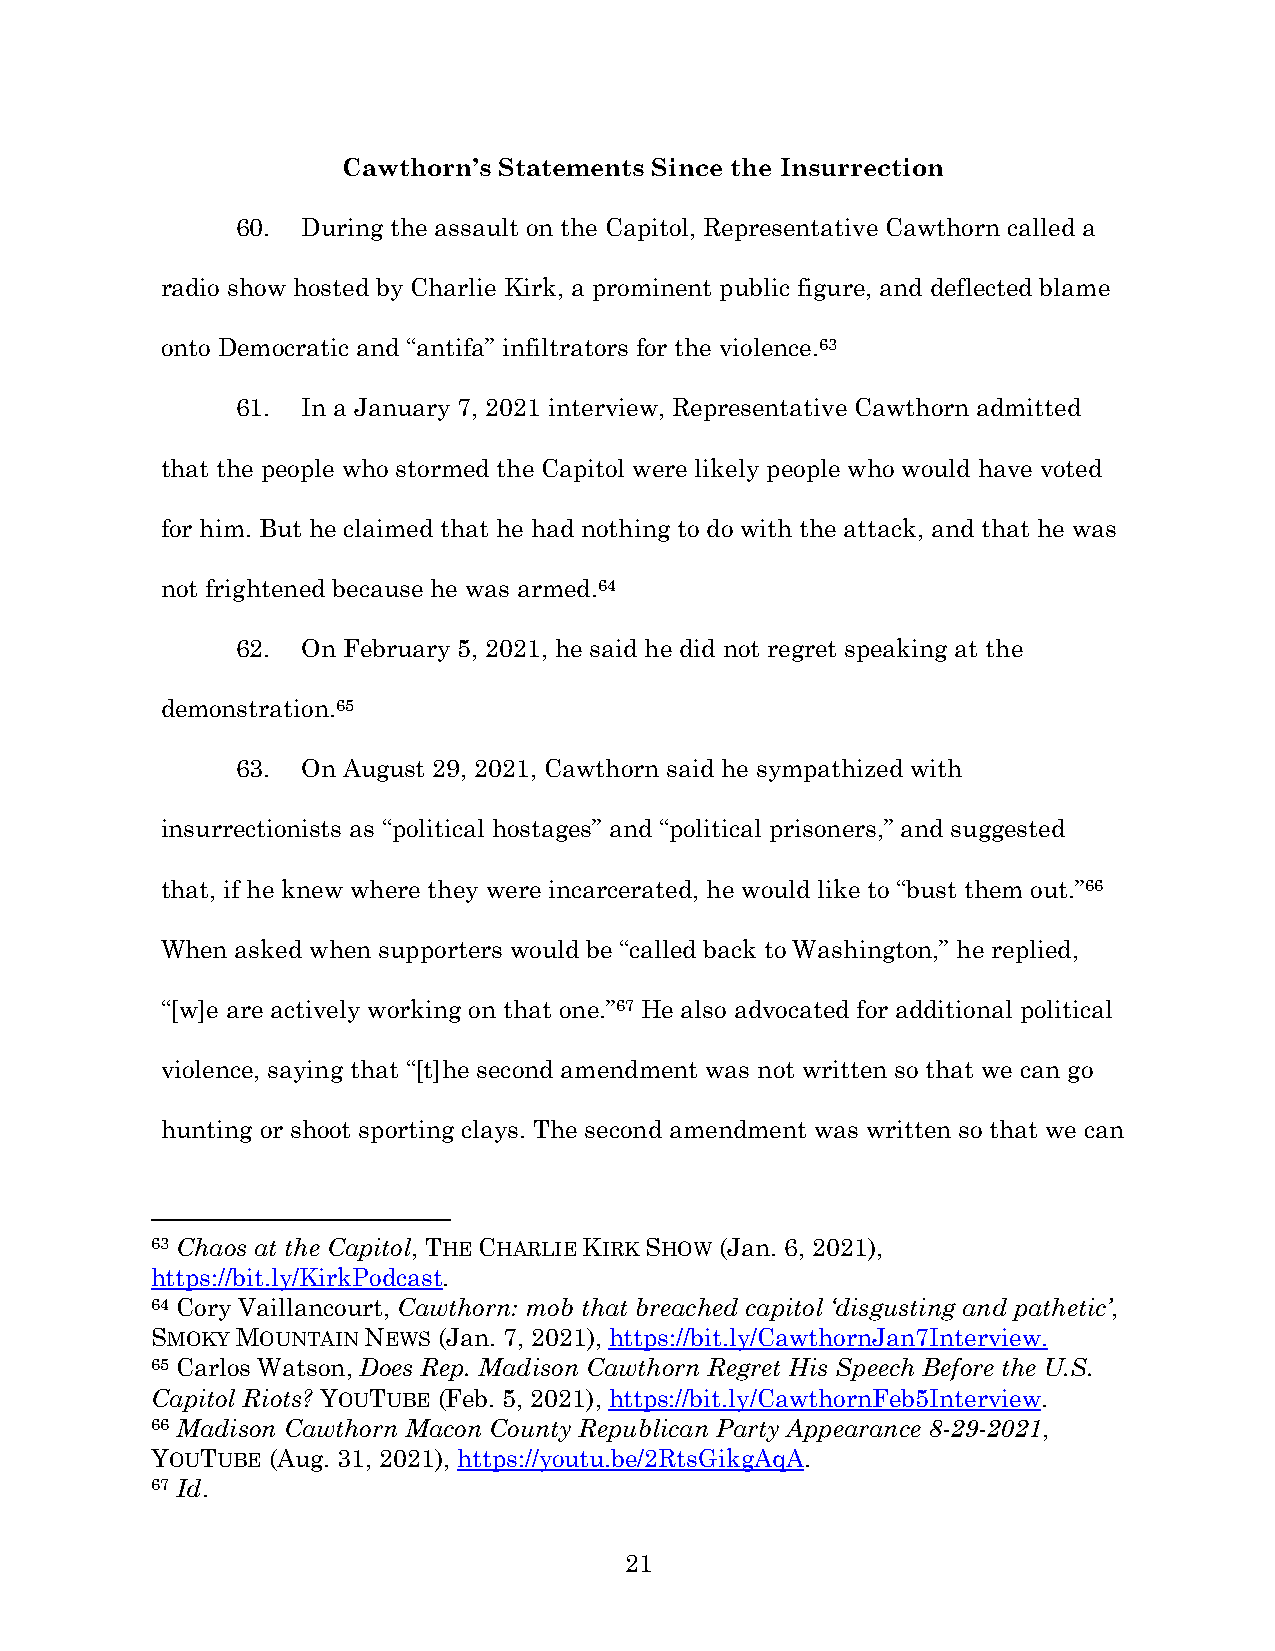
Cawthorn’s Statements Since the Insurrection
 60. During the assault on the Capitol, Representative Cawthorn called a
 radio show hosted by Charlie Kirk, a prominent public figure, and deflected blame
 onto Democratic and “antifa” infiltrators for the violence.63
 61. In a January 7, 2021 interview, Representative Cawthorn admitted
 that the people who stormed the Capitol were likely people who would have voted
 for him. But he claimed that he had nothing to do with the attack, and that he was
 not frightened because he was armed.64
 62. On February 5, 2021, he said he did not regret speaking at the
 demonstration.65
 63. On August 29, 2021, Cawthorn said he sympathized with
 insurrectionists as “political hostages” and “political prisoners,” and suggested
 that, if he knew where they were incarcerated, he would like to “bust them out.”66
 When asked when supporters would be “called back to Washington,” he replied,
 “[w]e are actively working on that one.”67 He also advocated for additional political
 violence, saying that “[t]he second amendment was not written so that we can go
 hunting or shoot sporting clays. The second amendment was written so that we can
 63 Chaos at the Capitol, THE CHARLIE KIRK SHOW (Jan. 6, 2021),
 https://bit.ly/KirkPodcast.
 64 Cory Vaillancourt, Cawthorn: mob that breached capitol ‘disgusting and pathetic’,
 SMOKY MOUNTAIN NEWS (Jan. 7, 2021), https://bit.ly/CawthornJan7Interview.
 65 Carlos Watson, Does Rep. Madison Cawthorn Regret His Speech Before the U.S.
 Capitol Riots? YOUTUBE (Feb. 5, 2021), https://bit.ly/CawthornFeb5Interview.
 66 Madison Cawthorn Macon County Republican Party Appearance 8-29-2021,
 YOUTUBE (Aug. 31, 2021), https://youtu.be/2RtsGikgAqA.
 67 Id.
 21